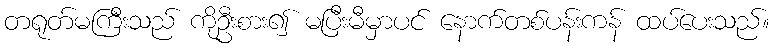
တရုတ်မကြီးသည် ကိုဦးစား၍ မပြီးမီမှာပင် နောက်တစ်ပန်းကန် ထပ်ပေးသည်။